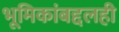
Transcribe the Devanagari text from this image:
भूमिकांबद्दलही